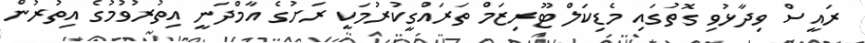
ރައީސް ވިދާޅުވި ގޮތުގައި މެޑިކަލް ޓޫރިޒަމް ތަރައްގީކުރުމަކީ ރަށުގެ އާމްދަނީ އިތުރުވުމުގެ އިތުރުން